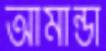
আমান্ডা